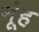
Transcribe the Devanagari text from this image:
नूंह